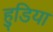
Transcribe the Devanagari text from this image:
हुडिया